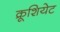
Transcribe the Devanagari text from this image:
क्रूशियेट